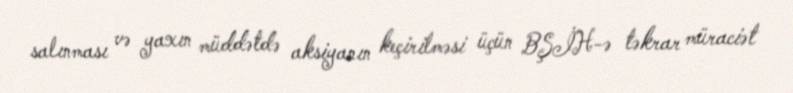
salınması və yaxın müddətdə aksiyanın keçirilməsi üçün BŞİH-ə təkrar müraciət